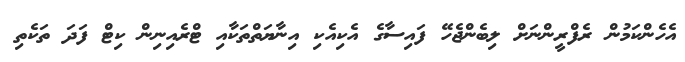
އެހެންކަމުން ރެފްރީންނަށް ލިބެންޖެހޭ ފައިސާގެ އެކިއެކި އިނާޔަތްތަކާއި ޓްރެއިނިން ކިޓް ފަދަ ތަކެތި